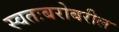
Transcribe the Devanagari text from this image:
स्वतःबरोबरील